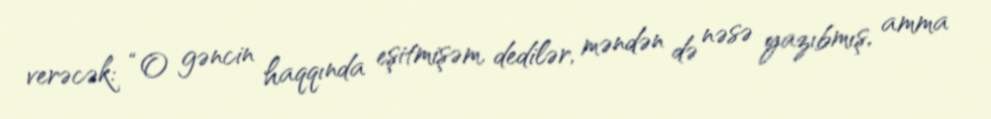
verəcək: “O gəncin haqqında eşitmişəm, dedilər, məndən də nəsə yazıbmış, amma